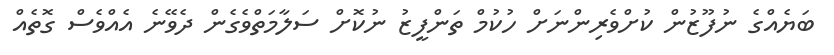
ބަޔެއްގެ ނުފޫޒުން ކުށްވެރިންނަށް ހުކުމް ތަންފީޒު ނުކޮށް ސަލާމަތްވެގެން ދެވޭނެ އެއްވެސް ގޮތެއް